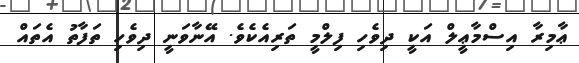
ޢާމިރާ އިސްމާޢީލް އަކީ ދިވެހި ފިލްމީ ތަރިއެކެވެ. އޭނާވަނީ ދިވެހި ތަފާތު އެތައް